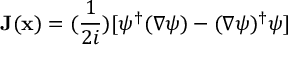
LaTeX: { \bf { J } } ( { \bf { x } } ) = ( \frac { 1 } { 2 i } ) [ \psi ^ { \dagger } ( \nabla \psi ) - ( \nabla \psi ) ^ { \dagger } \psi ]